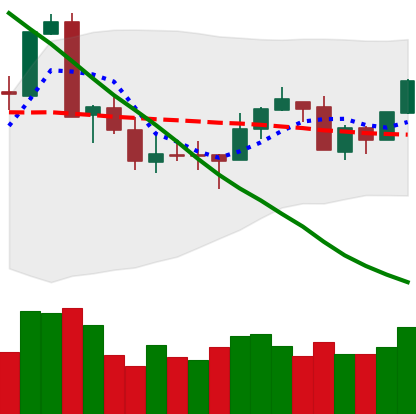
Ticker: XMR-USD
Chart end date: 2018-09-21
Forward return: -6.582%
Label: down_5_7